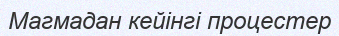
Магмадан кейінгі процестер